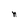
Character: n